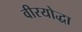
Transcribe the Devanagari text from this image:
वीरयोद्धा